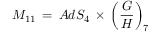
{ \cal M } _ { 1 1 } \, = \, A d S _ { 4 } \, \times \, \left( \frac { G } { H } \right) _ { 7 }